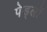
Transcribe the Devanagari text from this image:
पेड्लों